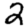
Digit: 2